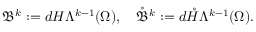
\mathfrak { B } ^ { k } : = d H \Lambda ^ { k - 1 } ( \Omega ) , \quad \mathring { \mathfrak { B } } ^ { k } : = d \mathring { H } \Lambda ^ { k - 1 } ( \Omega ) .